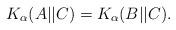
LaTeX: \begin{align*}K_\alpha(A||C)=K_\alpha(B||C).\end{align*}